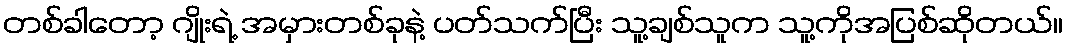
တစ်ခါတော့ ဂျိုးရဲ့ အမှားတစ်ခုနဲ့ ပတ်သက်ပြီး သူ့ချစ်သူက သူ့ကိုအပြစ်ဆိုတယ်။